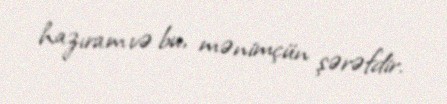
hazıram və bu, mənimçün şərəfdir.